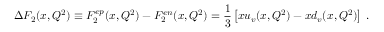
\Delta F _ { 2 } ( x , Q ^ { 2 } ) \equiv F _ { 2 } ^ { e p } ( x , Q ^ { 2 } ) - F _ { 2 } ^ { e n } ( x , Q ^ { 2 } ) = \frac { 1 } { 3 } \left[ x u _ { v } ( x , Q ^ { 2 } ) - x d _ { v } ( x , Q ^ { 2 } ) \right] \; .